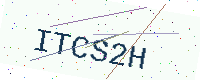
Text: ITCS2H